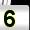
Digit: 5